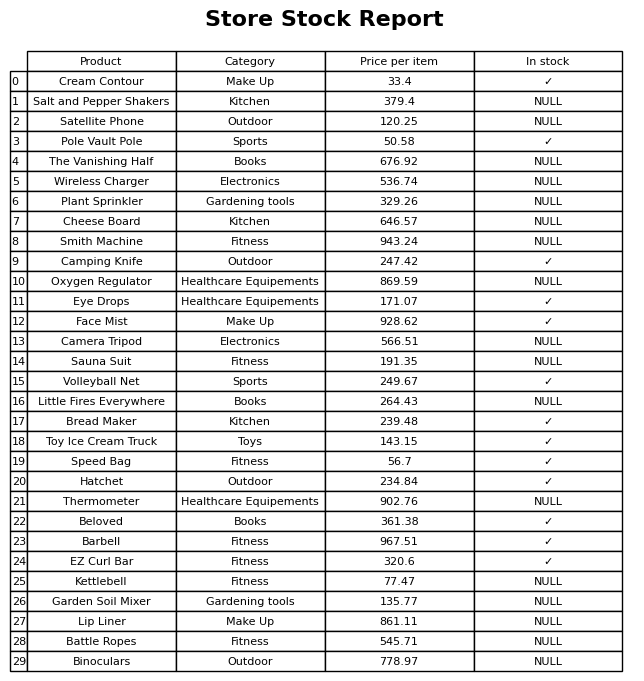
question: What is the price of the Salt and Pepper Shakers?
answer: The price of Salt and Pepper Shakers is 379.4.